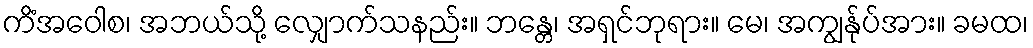
ကိံအဝေါစ၊ အဘယ်သို့ လျှောက်သနည်း။ ဘန္တေ၊ အရှင်ဘုရား။ မေ၊ အကျွန်ုပ်အား။ ခမထ၊